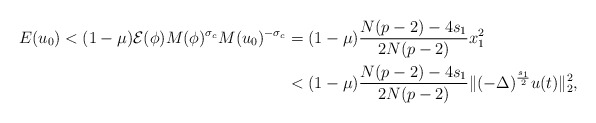
\begin{align*}E(u_0)< (1-\mu)\mathcal{E}(\phi)M(\phi)^{\sigma_c}M(u_0)^{-\sigma_c}&=(1-\mu)\frac{N(p-2)-4s_1}{2N(p-2)}x_1^2 \\&<(1-\mu)\frac{N(p-2)-4s_1}{2N(p-2)}\|(-\Delta)^{\frac {s_1}{2}} u(t)\|_2^2,\end{align*}